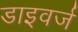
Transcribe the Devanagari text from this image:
डाइवर्ज